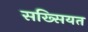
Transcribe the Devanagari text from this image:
सख्सियत